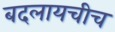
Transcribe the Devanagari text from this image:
बदलायचीच